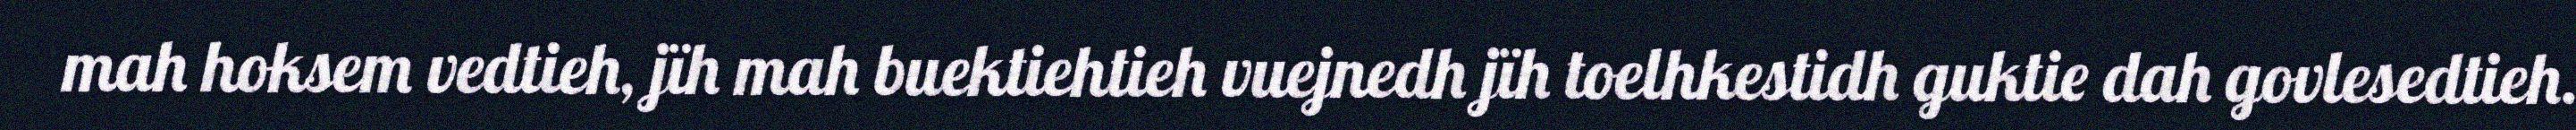
mah hoksem vedtieh, jïh mah buektiehtieh vuejnedh jïh toelhkestidh guktie dah govlesedtieh.